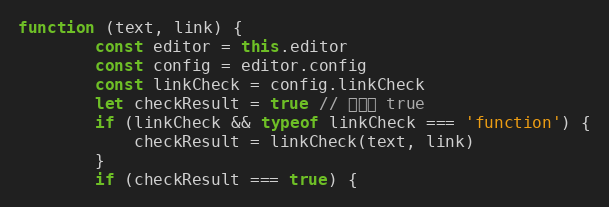
Language: JavaScript
function (text, link) {
        const editor = this.editor
        const config = editor.config
        const linkCheck = config.linkCheck
        let checkResult = true // 默认为 true
        if (linkCheck && typeof linkCheck === 'function') {
            checkResult = linkCheck(text, link)
        }
        if (checkResult === true) {